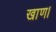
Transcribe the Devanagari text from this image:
खाण।